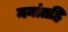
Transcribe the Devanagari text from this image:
मनांतहि